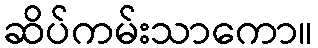
ဆိပ်ကမ်းသာကော။